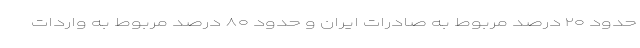
حدود ۲۰ درصد مربوط به صادرات ایران و حدود ۸۰ درصد مربوط به واردات